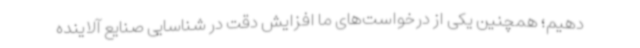
دهیم؛ همچنین یکی از درخواست‌های ما افزایش دقت در شناسایی صنایع آلاینده